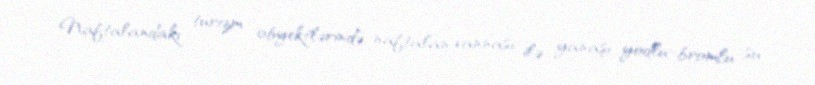
Naftalandakı turizm obyektlərində naftalan vannası ilə yanaşı yodlu-bromlu su